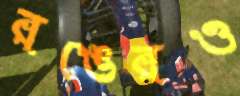
রঙেরও